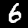
Digit: 6